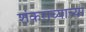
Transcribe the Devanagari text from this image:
शंकराच्याच्या